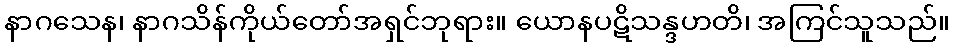
နာဂသေန၊ နာဂသိန်ကိုယ်တော်အရှင်ဘုရား။ ယောနပဋိသန္ဒဟတိ၊ အကြင်သူသည်။